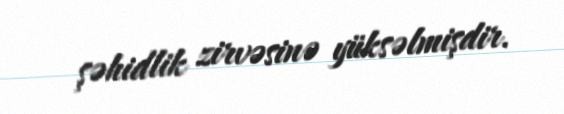
şəhidlik zirvəsinə yüksəlmişdir.